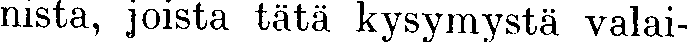
nista, joista tätä kysymystä valai-